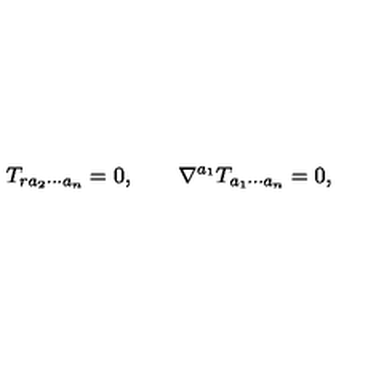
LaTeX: T _ { r a _ { 2 } \cdots a _ { n } } = 0 , \qquad \nabla ^ { a _ { 1 } } T _ { a _ { 1 } \cdots a _ { n } } = 0 ,